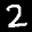
Label: 2